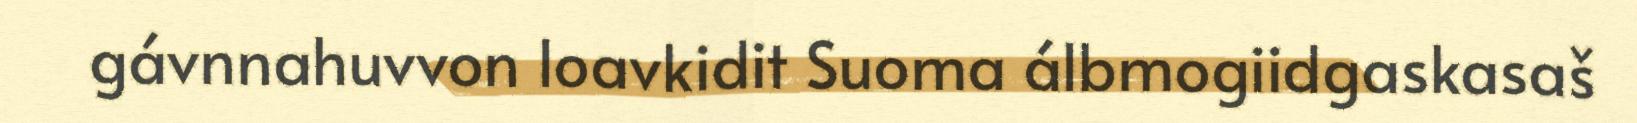
gávnnahuvvon loavkidit Suoma álbmogiidgaskasaš